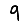
Digit: 9